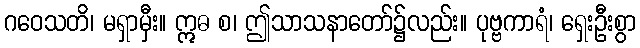
ဂဝေသတိ၊ မရှာမှီး။ ဣဓ စ၊ ဤသာသနာတော်၌လည်း။ ပုဗ္ဗကာရံ၊ ရှေးဦးစွာ